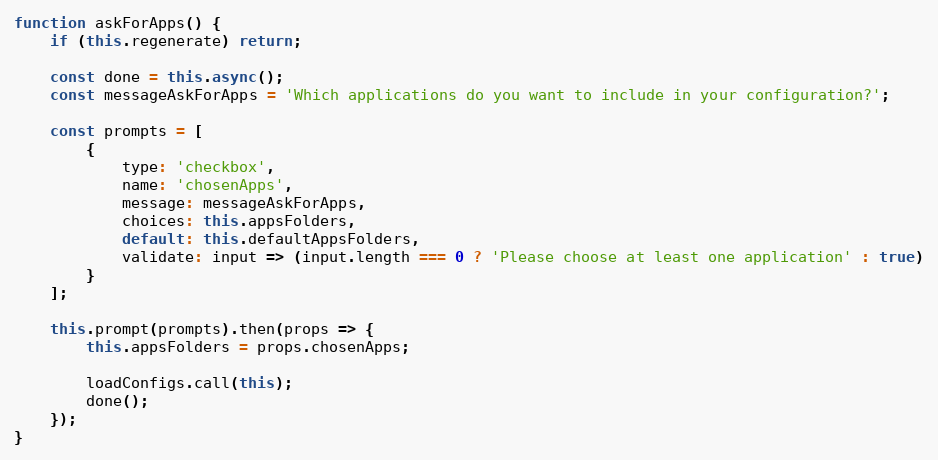
Language: JavaScript
function askForApps() {
    if (this.regenerate) return;

    const done = this.async();
    const messageAskForApps = 'Which applications do you want to include in your configuration?';

    const prompts = [
        {
            type: 'checkbox',
            name: 'chosenApps',
            message: messageAskForApps,
            choices: this.appsFolders,
            default: this.defaultAppsFolders,
            validate: input => (input.length === 0 ? 'Please choose at least one application' : true)
        }
    ];

    this.prompt(prompts).then(props => {
        this.appsFolders = props.chosenApps;

        loadConfigs.call(this);
        done();
    });
}